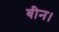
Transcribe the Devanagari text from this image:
बीन।